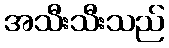
အသီးသီးသည်